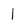
Character: l